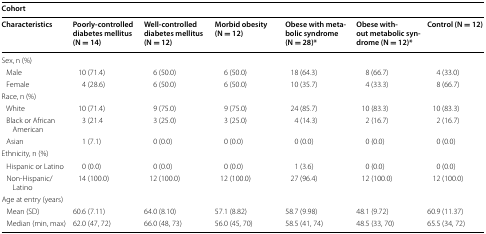
<table><thead><tr><td colspan="7"><b>Cohort</b></td></tr><tr><td><b>Characteristics</b></td><td><b>Poorly-controlled diabetes mellitus (N = 14)</b></td><td><b>Well-controlled diabetes mellitus (N = 12)</b></td><td><b>Morbid obesity (N = 12)</b></td><td><b>Obese with metabolic syndrome (N = 28)*</b></td><td><b>Obese without metabolic syndrome (N = 12)*</b></td><td><b>Control (N = 12)</b></td></tr></thead><tbody><tr><td colspan="7">Sex, n (%)</td></tr><tr><td> Male</td><td>10 (71.4)</td><td>6 (50.0)</td><td>6 (50.0)</td><td>18 (64.3)</td><td>8 (66.7)</td><td>4 (33.0)</td></tr><tr><td> Female</td><td>4 (28.6)</td><td>6 (50.0)</td><td>6 (50.0)</td><td>10 (35.7)</td><td>4 (33.3)</td><td>8 (66.7)</td></tr><tr><td colspan="7">Race, n (%)</td></tr><tr><td> White</td><td>10 (71.4)</td><td>9 (75.0)</td><td>9 (75.0)</td><td>24 (85.7)</td><td>10 (83.3)</td><td>10 (83.3)</td></tr><tr><td> Black or African American</td><td>3 (21.4</td><td>3 (25.0)</td><td>3 (25.0)</td><td>4 (14.3)</td><td>2 (16.7)</td><td>2 (16.7)</td></tr><tr><td> Asian</td><td>1 (7.1)</td><td>0 (0.0)</td><td>0 (0.0)</td><td>0 (0.0)</td><td>0 (0.0)</td><td>0 (0.0)</td></tr><tr><td colspan="7">Ethnicity, n (%)</td></tr><tr><td> Hispanic or Latino</td><td>0 (0.0)</td><td>0 (0.0)</td><td>0 (0.0)</td><td>1 (3.6)</td><td>0 (0.0)</td><td>0 (0.0)</td></tr><tr><td> Non-Hispanic/Latino</td><td>14 (100.0)</td><td>12 (100.0)</td><td>12 (100.0)</td><td>27 (96.4)</td><td>12 (100.0)</td><td>12 (100.0)</td></tr><tr><td colspan="7">Age at entry (years)</td></tr><tr><td> Mean (SD)</td><td>60.6 (7.11)</td><td>64.0 (8.10)</td><td>57.1 (8.82)</td><td>58.7 (9.98)</td><td>48.1 (9.72)</td><td>60.9 (11.37)</td></tr><tr><td> Median (min, max)</td><td>62.0 (47, 72)</td><td>66.0 (48, 73)</td><td>56.0 (45, 70)</td><td>58.5 (41, 74)</td><td>48.5 (33, 70)</td><td>65.5 (34, 72)</td></tr></tbody></table>